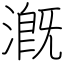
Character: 漑